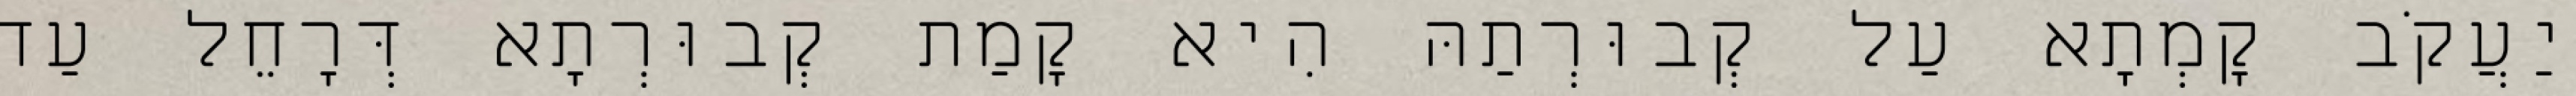
יַעֲקֹב קָמְתָא עַל קְבוּרְתַהּ הִיא קָמַת קְבוּרְתָא דְּרָחֵל עַד